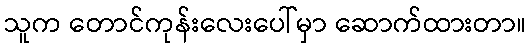
သူက တောင်ကုန်းလေးပေါ်မှာ ဆောက်ထားတာ။